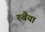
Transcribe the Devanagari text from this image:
रुबैया